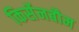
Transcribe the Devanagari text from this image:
किर्सेनबौम